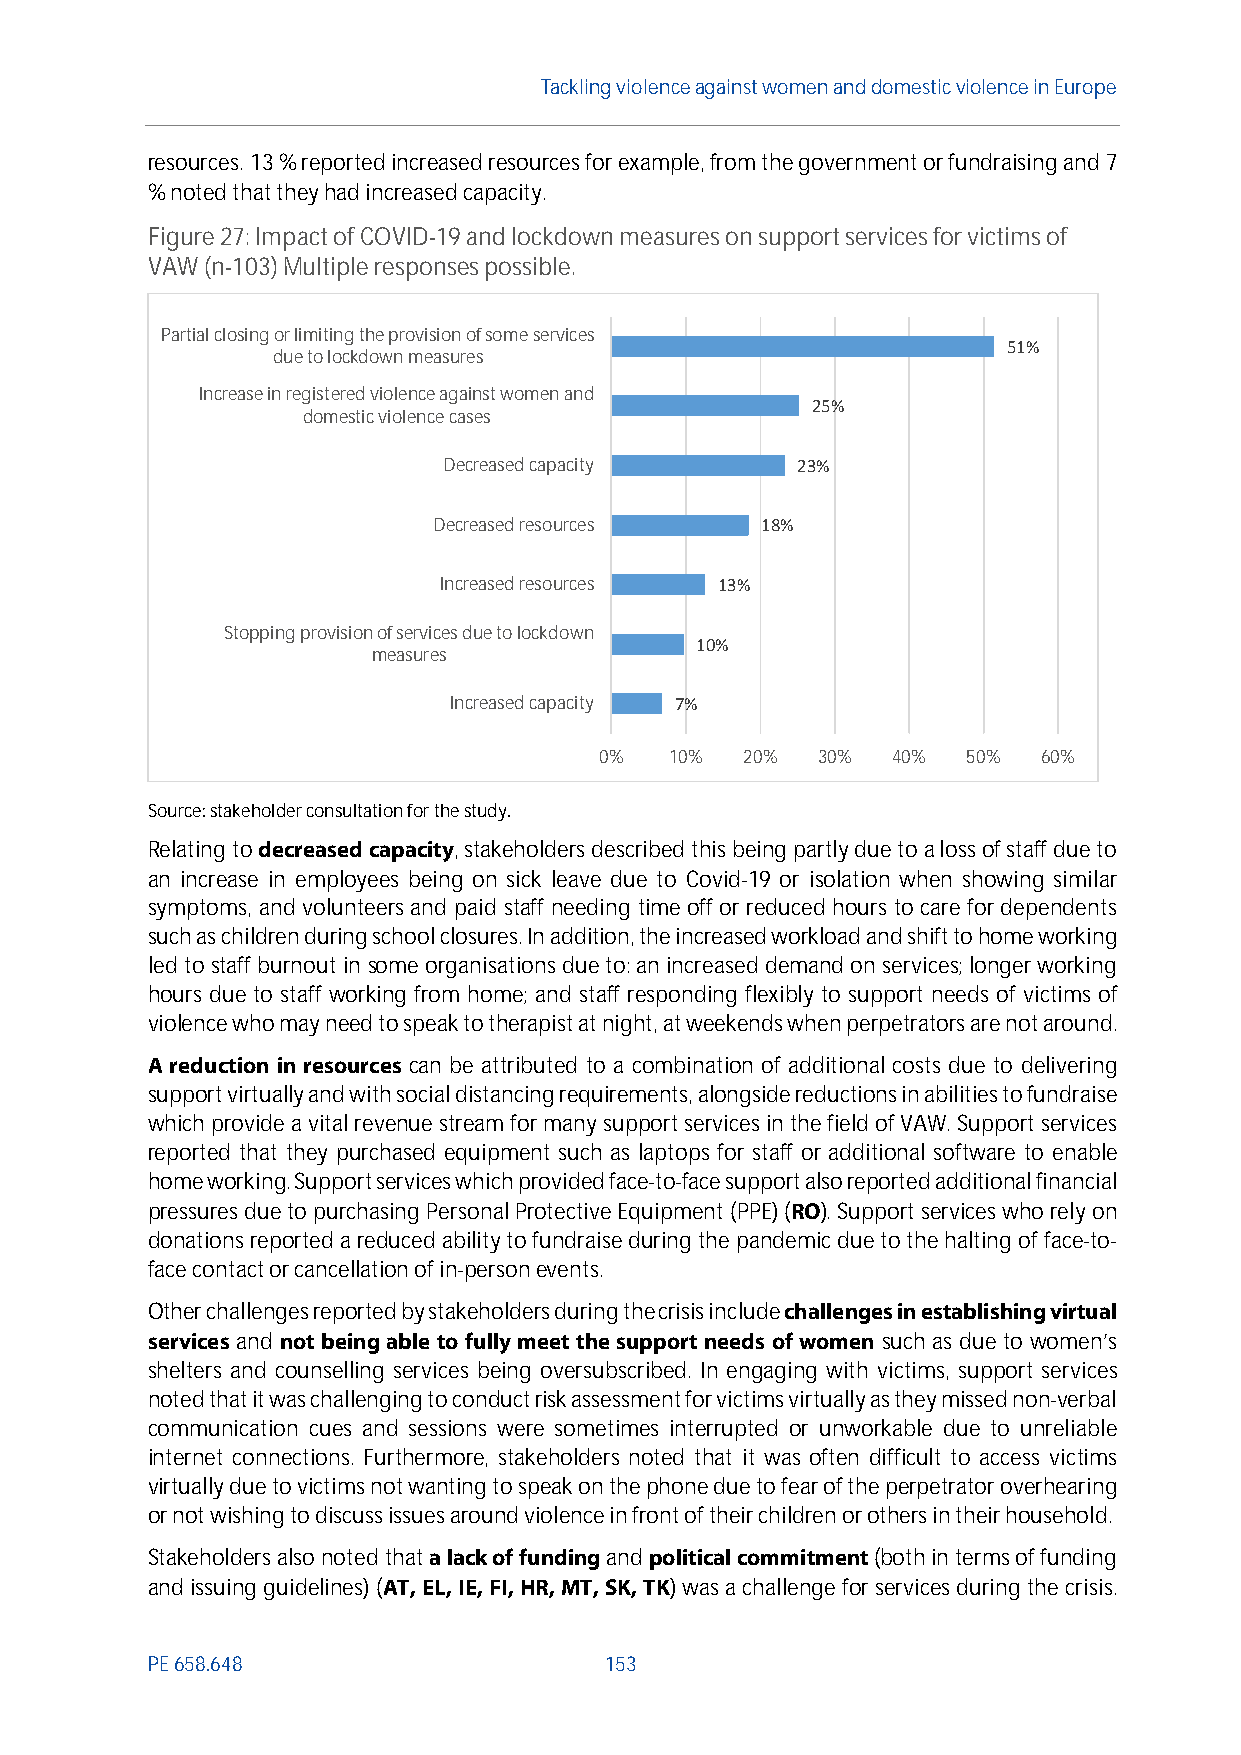
Tackling violenceagainst women anddomesticviolence in Europe
 resources. 13% reported increased resources for example, from the government or fundraising and 7
 % noted that they had increased capacity.
 Figure27: Impactof COVID-19 and lockdown measures on support services for victims of
 VAW(n-103)Multiple responses possible.
 Partial closing or limiting the provision of some services
 51%
 due to lockdown measures
 Increase in registered violence against women and
 25%
 domestic violence cases
 Decreased capacity      23%
 Decreased resources  18%
 Increased resources 13%
 Stopping provision of services due to lockdown
 10%
 measures
 Increased capacity 7%
 0%  10%  20%  30%  40%  50%  60%
 Source: stakeholder consultationfor the study.
 Relating todecreased capacity, stakeholders described this being partly due toa lossof staff due to
 an increase in employees being on sick leave due to Covid-19 or isolation when showing similar
 symptoms, and volunteers and paid staff needing time off or reduced hours to care for dependents
 such as children during school closures. In addition, the increased workload and shift to home working
 led to staff burnoutin some organisationsdueto:an increased demand on services; longer working
 hours due to staff working from home; and staff responding flexibly to support needs of victims of
 violence who may need to speak to therapist at night, at weekends when perpetrators are not around.
 A reduction in resources can be attributed to a combination of additional costs due to delivering
 support virtually and with social distancing requirements, alongside reductions in abilities to fundraise
 which provide a vital revenue stream for many support services in the field of VAW. Support services
 reported that they purchased equipment such as laptops for staff or additional software to enable
 home working. Support services which provided face-to-face support also reported additional financial
 pressures due to purchasing Personal Protective Equipment (PPE)(RO). Support services who rely on
 donations reported a reduced ability to fundraise during the pandemic due to the halting of face-to-
 face contactorcancellation of in-personevents.
 Other challenges reported by stakeholders during thecrisis includechallenges in establishing virtual
 services and not being able to fully meet the support needs of women such as due to women’s
 shelters and counselling services being oversubscribed. In engaging with victims, support services
 noted that it was challenging to conduct risk assessment for victims virtually as they missed non-verbal
 communication cues and sessions were sometimes interrupted or unworkable due to unreliable
 internet connections. Furthermore, stakeholders noted that it was often difficult to access victims
 virtually due to victims not wanting to speak on the phone due to fear of the perpetrator overhearing
 or not wishing to discuss issues around violence in front of their children or others in their household.
 Stakeholders also noted thata lack of fundingandpolitical commitment(both in terms of funding
 and issuing guidelines) (AT, EL, IE, FI, HR, MT, SK, TK) was a challenge for services during the crisis.
 PE658.648                     153